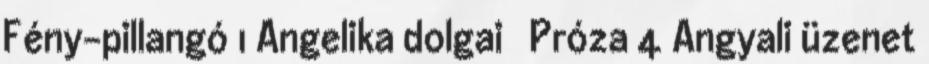
Fény-pillangó 1 Angelika dolgai Próza 4 Angyali üzenet